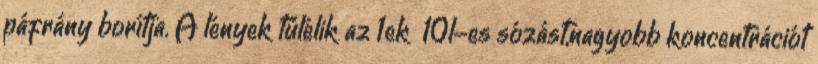
páfrány borítja. A lények túlélik az 1ek 10l-es sózást,nagyobb koncentrációt